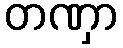
တဏှာ